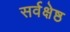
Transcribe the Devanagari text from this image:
सर्वक्षेष्ठ